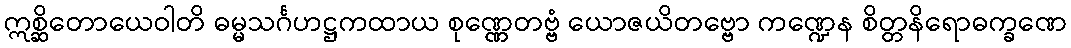
ဣစ္ဆိတောယေဝါတိ ဓမ္မသင်္ဂဟဋ္ဌကထာယ စုဏ္ဏေတဗ္ဗံ ယောဇယိတဗ္ဗော ကဏ္ဍေန စိတ္တနိရောဓက္ခဏေ